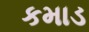
કમાડ